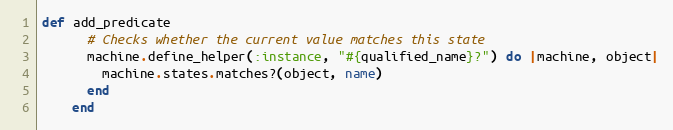
Language: Ruby
def add_predicate
      # Checks whether the current value matches this state
      machine.define_helper(:instance, "#{qualified_name}?") do |machine, object|
        machine.states.matches?(object, name)
      end
    end